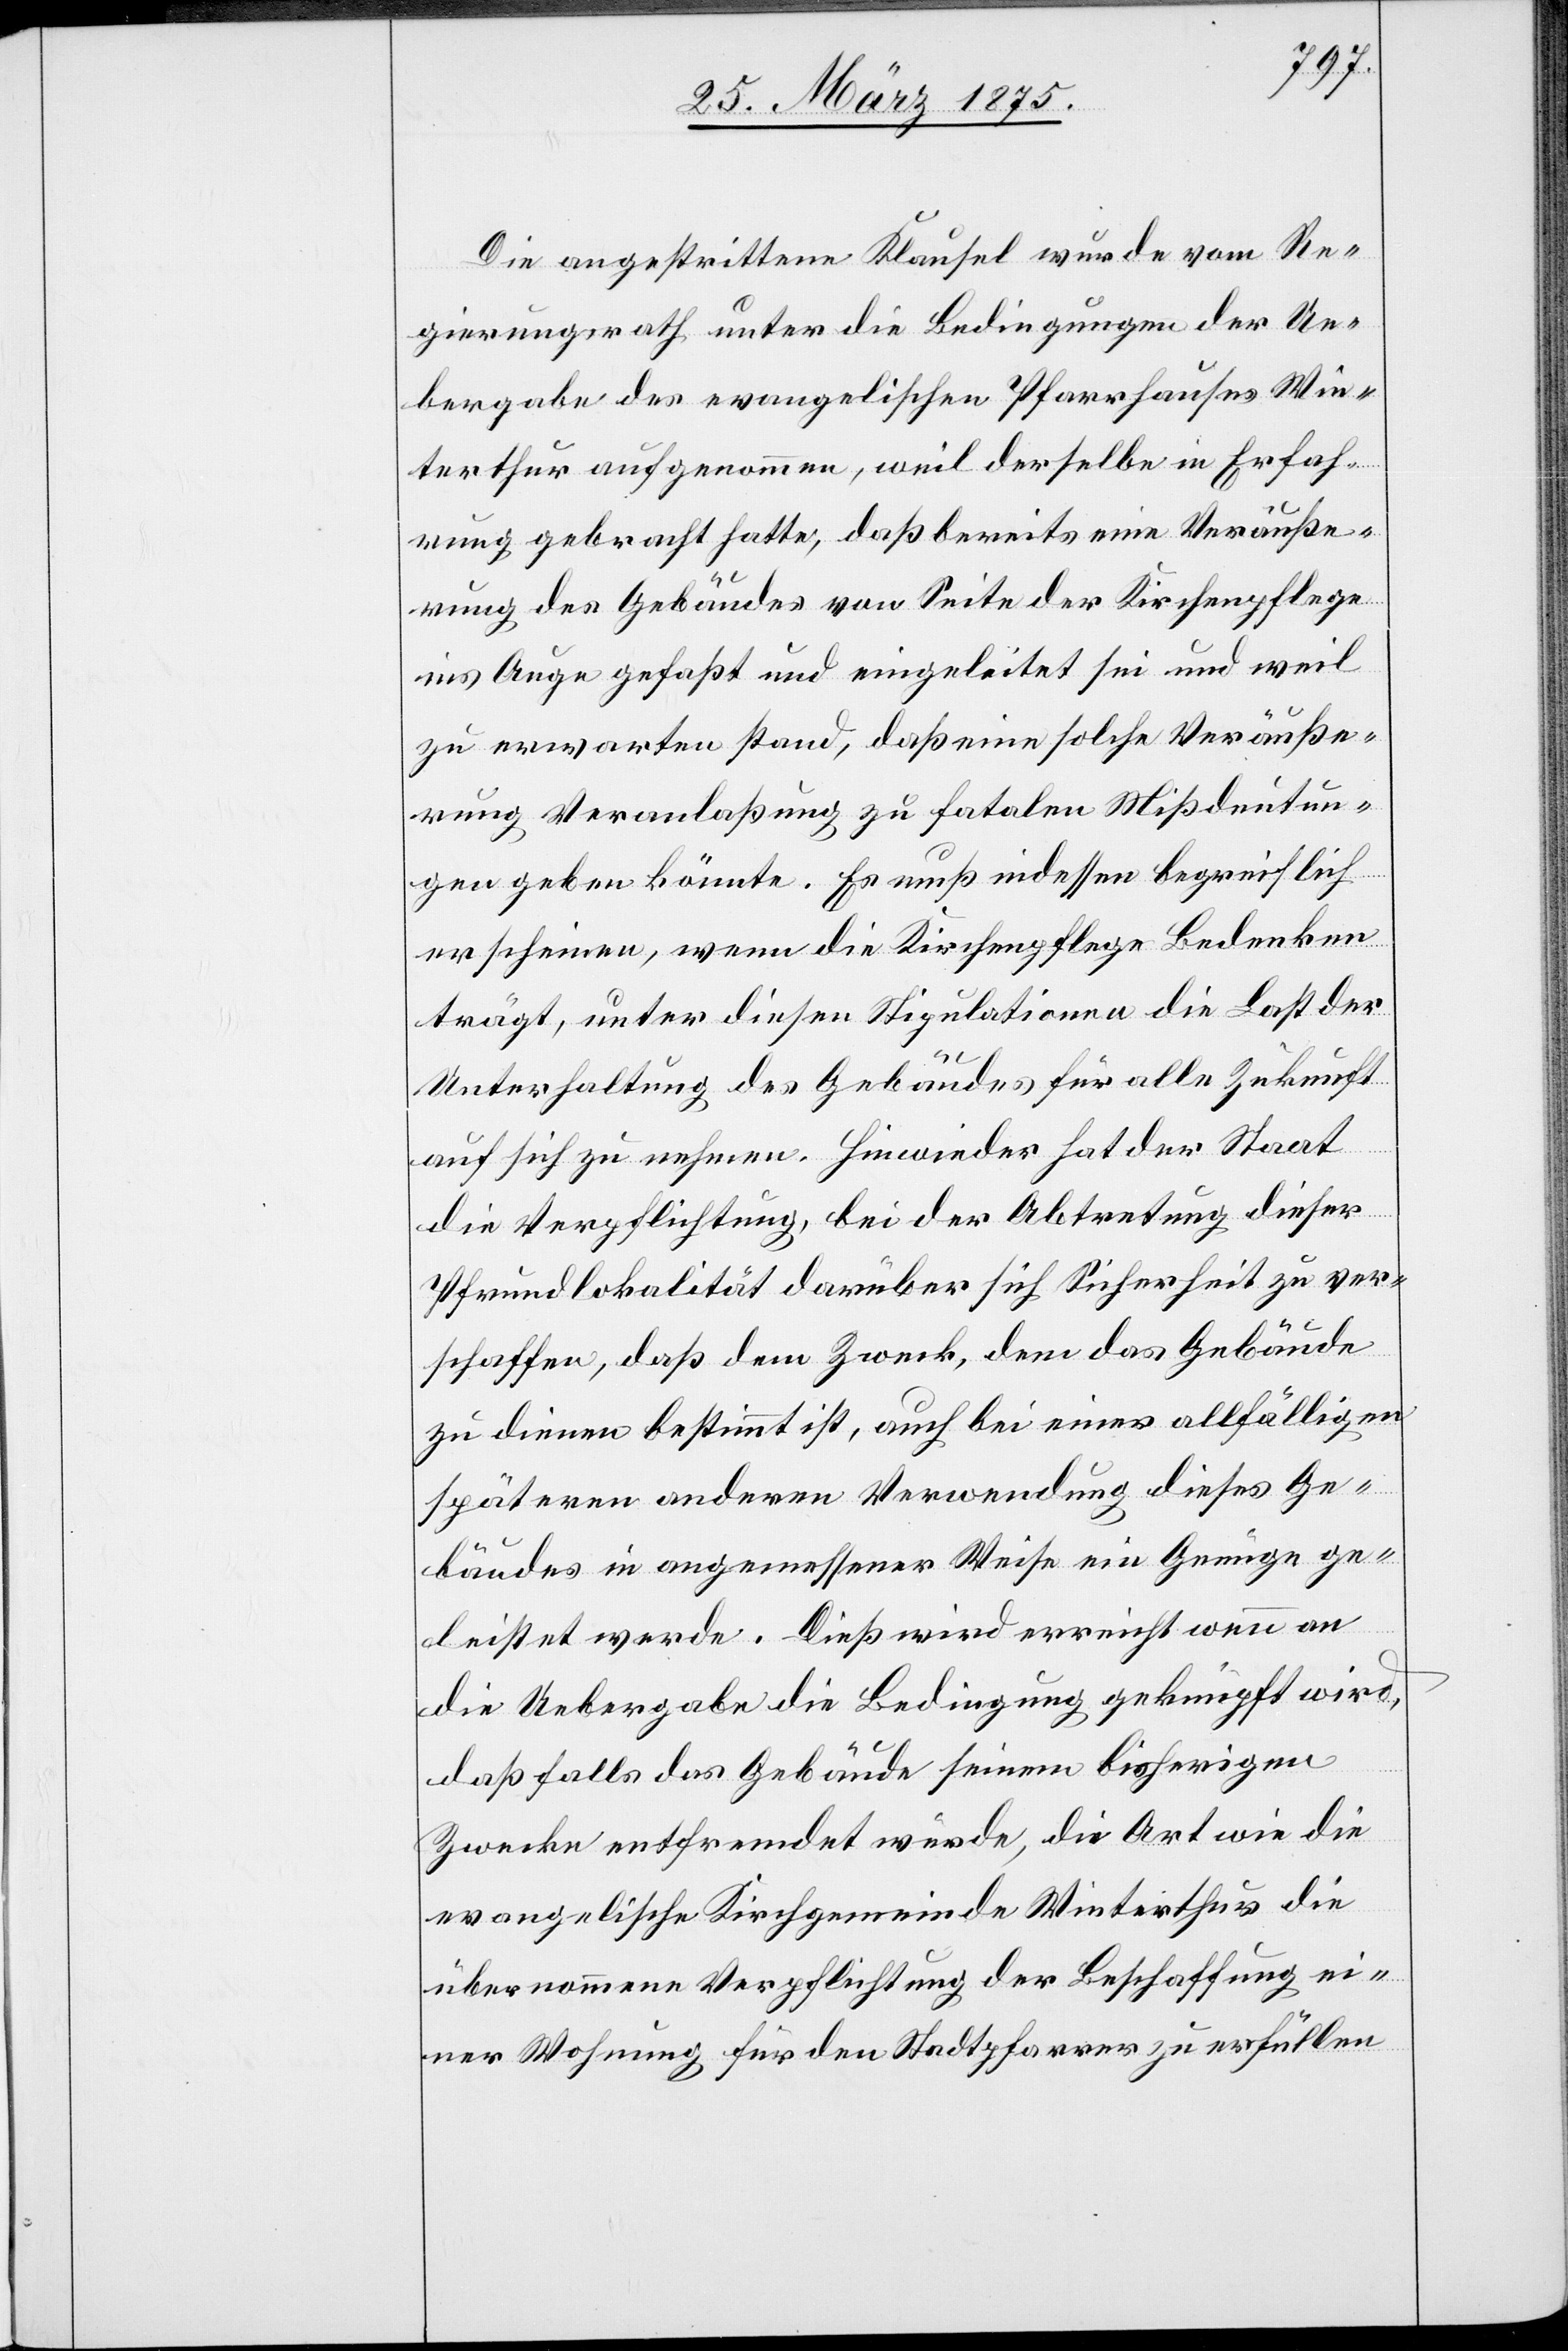
Die angestrittene Klausel wurde vom Re¬
gierungsrath unter die Bedingungen der Ue¬
bergabe des evangelischen Pfarrhauses Win¬
terthur aufgenommen, weil derselbe in Erfah¬
rung des Gebäudes von Seite der Kirchenpflege
ins Auge gefaßt und eingeleitet sei und weil
zu erwarten stand, daß eine solche Veräuße¬
rung Veranlaßung zu fatalen Mißdeutun¬
gen geben könnte. Es muß indessen begreiflich
erscheinen, wenn die Kirchenpflege Bedenken
trägt, unter diesen Stipulationen die Last der
Unterhaltung des Gebäudes für alle Zukunft
auf sich zu nehmen. Hiewieder hat der Staat
die Verpflichtung, bei der Abtretung dieser
Pfrundlokalität darüber sich Sicherheit zu ver¬
schaffen, daß dem Zweck, dem das Gebäude
zu dienen bestimmt ist, auch bei einer allfälligen
späteren anderen Verwendung dieses Ge¬
bäudes in angemessener Weise ein Genüge ge¬
leistet werde. Dieß wird erreicht wenn an
die Uebergabe die Bedingung geknüpft wird,
daß falls das Gebäude seinem bisherigen
Zwecke entfremdet würde, die Art wie die
evangelische Kirchgemeinde Winterthur die
übernommene Verpflichtung der Beschaffung ei¬
ner Wohnung für den Stadtpfarrer zu erfüllen